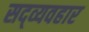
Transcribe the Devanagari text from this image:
सद्‍व्यवहार